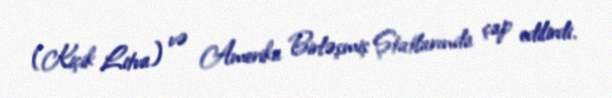
(Kiçik Litva) və Amerika Birləşmiş Ştatlarında çap edilirdi.